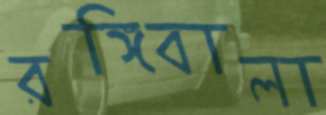
রঙ্গিবালা